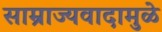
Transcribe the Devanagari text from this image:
साम्राज्यवादामुळे